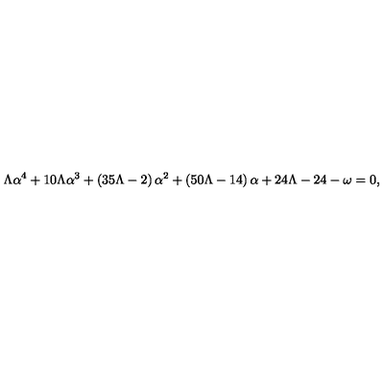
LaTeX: \Lambda \alpha ^ { 4 } + 1 0 \Lambda \alpha ^ { 3 } + \left( 3 5 \Lambda - 2 \right) \alpha ^ { 2 } + \left( 5 0 \Lambda - 1 4 \right) \alpha + 2 4 \Lambda - 2 4 - \omega = 0 ,